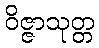
ဝိဇ္ဇာသုတ္တ